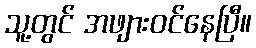
သူ့တွင် အဖျားဝင်နေပြီ။